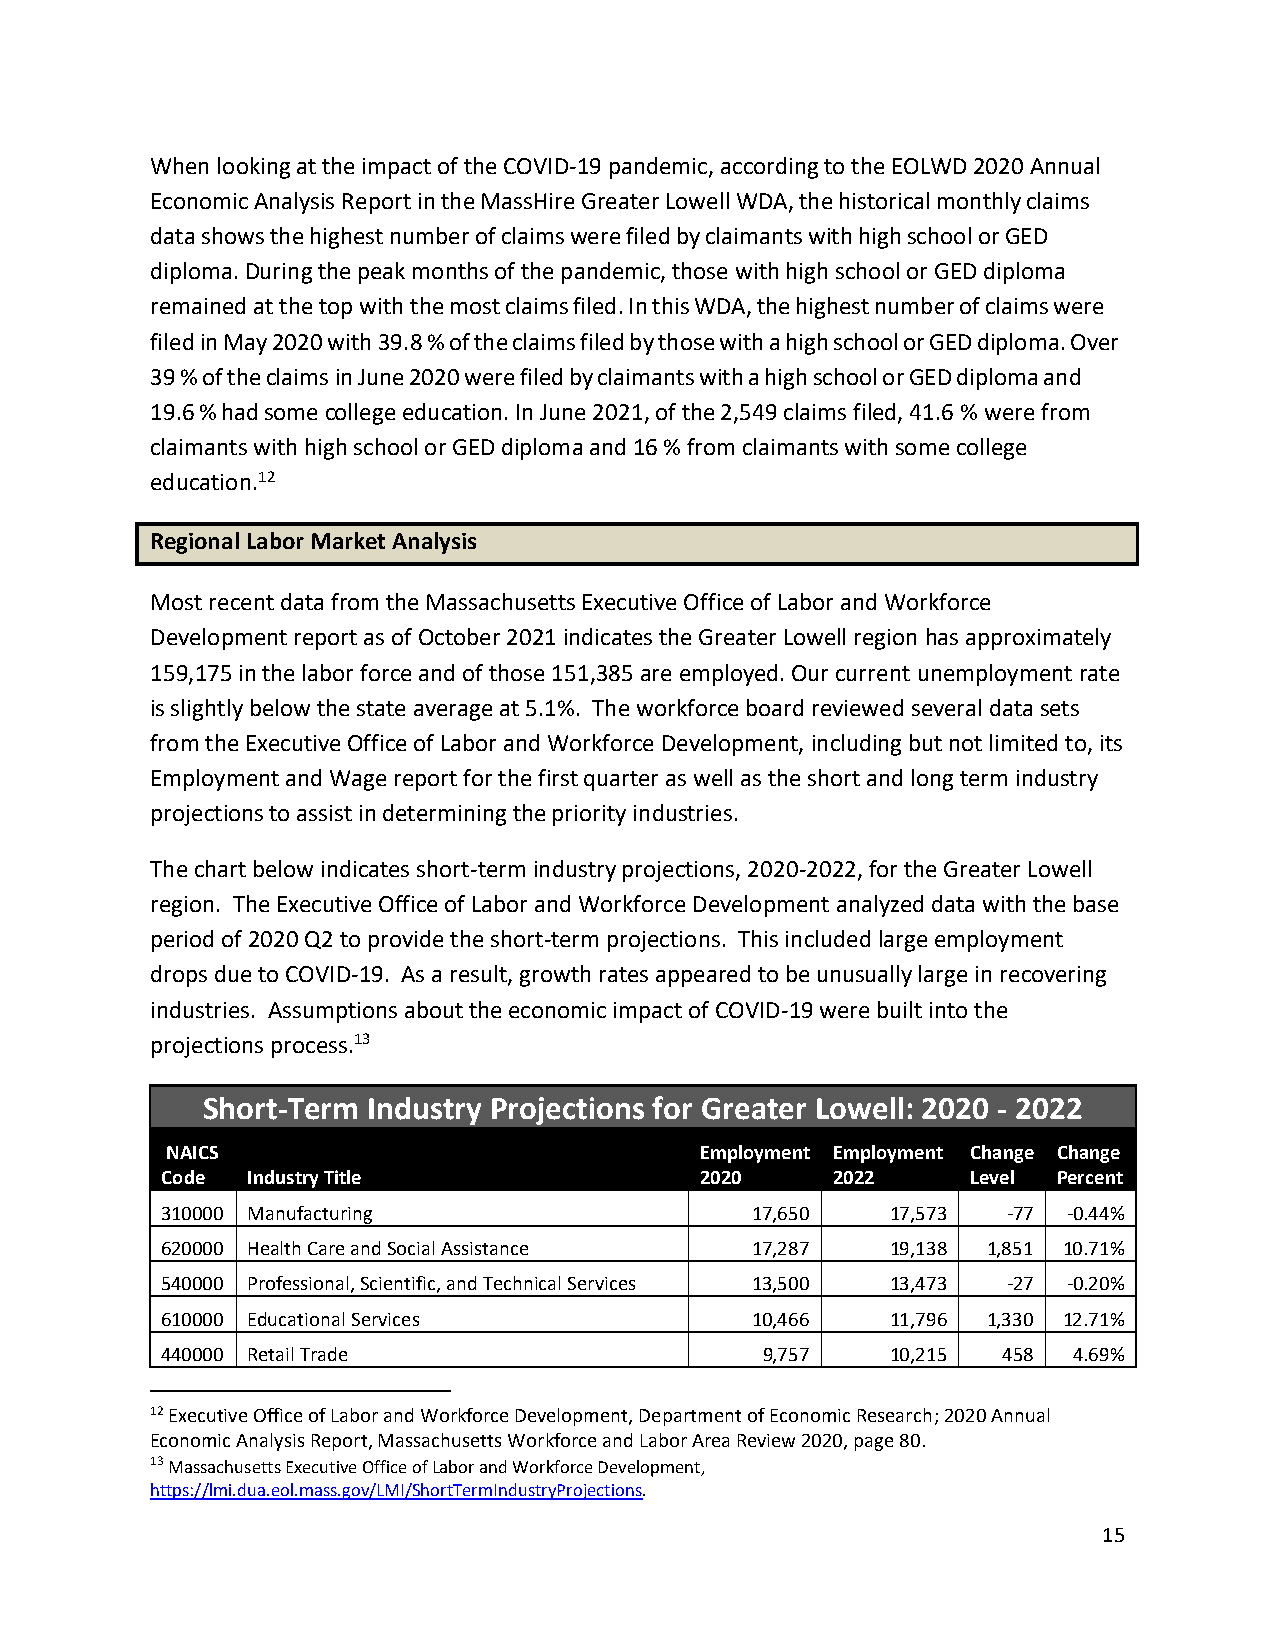
When looking at the impact of the COVID-19 pandemic, according to the EOLWD 2020 Annual
 Economic Analysis Report in the MassHire Greater Lowell WDA, the historical monthly claims
 data shows the highest number of claims were filed by claimants with high school or GED
 diploma. During the peak months of the pandemic, those with high school or GED diploma
 remained at the top with the most claims filed. In this WDA, the highest number of claims were
 filed in May 2020 with 39.8 % of the claims filed by those with a high school or GED diploma. Over
 39 % of the claims in June 2020 were filed by claimants with a high school or GED diploma and
 19.6 % had some college education. In June 2021, of the 2,549 claims filed, 41.6 % were from
 claimants with high school or GED diploma and 16 % from claimants with some college
 education.12
 Regional Labor Market Analysis
 Most recent data from the Massachusetts Executive Office of Labor and Workforce
 Development report as of October 2021 indicates the Greater Lowell region has approximately
 159,175 in the labor force and of those 151,385 are employed. Our current unemployment rate
 is slightly below the state average at 5.1%. The workforce board reviewed several data sets
 from the Executive Office of Labor and Workforce Development, including but not limited to, its
 Employment and Wage report for the first quarter as well as the short and long term industry
 projections to assist in determining the priority industries.
 The chart below indicates short-term industry projections, 2020-2022, for the Greater Lowell
 region. The Executive Office of Labor and Workforce Development analyzed data with the base
 period of 2020 Q2 to provide the short-term projections. This included large employment
 drops due to COVID-19. As a result, growth rates appeared to be unusually large in recovering
 industries. Assumptions about the economic impact of COVID-19 were built into the
 projections process.13
 Short-Term Industry Projections for Greater Lowell: 2020 - 2022
 NAICS                              Employment Employment Change Change
 Code Industry Title                2020     2022     Level Percent
 310000 M a nufacturing                 17,650   17,573  -77 -0.44%
 620000 H e alth Care and Social Assistance 17,287 19,138 1,851 10.71%
 540000 P r o fessional, Scientific, and Technical Services 13,500 13,473 -27 -0.20%
 610000 E d ucational Services          10,466   11,796 1,330 12.71%
 440000 R e tail Trade                  9,757    10,215 458  4.69%
 12 Executive Office of Labor and Workforce Development, Department of Economic Research; 2020 Annual
 Economic Analysis Report, Massachusetts Workforce and Labor Area Review 2020, page 80.
 13 Massachusetts Executive Office of Labor and Workforce Development,
 https://lmi.dua.eol.mass.gov/LMI/ShortTermIndustryProjections.
 15